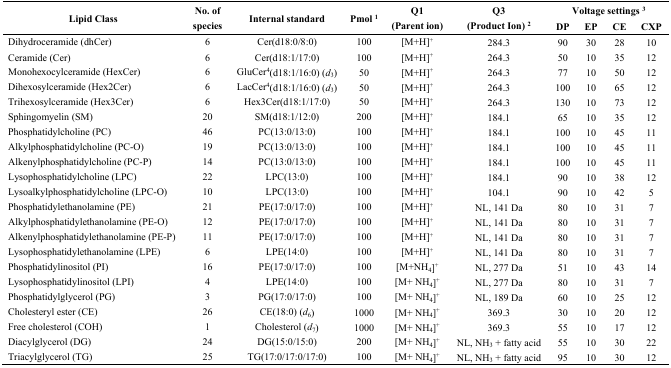
<table><thead><tr><td rowspan="2"><b>Lipid Class</b></td><td rowspan="2"><b>No. of species</b></td><td rowspan="2"><b>Internal standard</b></td><td rowspan="2"><b>Pmol <sup>1</sup></b></td><td rowspan="2"><b>Q1 (Parent ion)</b></td><td rowspan="2"><b>Q3 (Product Ion) <sup>2</sup></b></td><td colspan="4"><b>Voltage settings <sup>3</sup></b></td></tr><tr><td><b>DP</b></td><td><b>EP</b></td><td><b>CE</b></td><td><b>CXP</b></td></tr></thead><tbody><tr><td>Dihydroceramide (dhCer)</td><td>6</td><td>Cer(d18:0/8:0)</td><td>100</td><td>[M+H]<sup>+</sup></td><td>284.3</td><td>90</td><td>30</td><td>28</td><td>10</td></tr><tr><td>Ceramide (Cer)</td><td>6</td><td>Cer(d18:1/17:0)</td><td>100</td><td>[M+H]<sup>+</sup></td><td>264.3</td><td>50</td><td>10</td><td>35</td><td>12</td></tr><tr><td>Monohexocylceramide (HexCer)</td><td>6</td><td>GluCer<sup>4</sup>(d18:1/16:0) (<i>d</i><sub>3</sub>)</td><td>50</td><td>[M+H]<sup>+</sup></td><td>264.3</td><td>77</td><td>10</td><td>50</td><td>12</td></tr><tr><td>Dihexosylceramide (Hex2Cer)</td><td>6</td><td>LacCer<sup>4</sup>(d18:1/16:0) (<i>d</i><sub>3</sub>)</td><td>50</td><td>[M+H]<sup>+</sup></td><td>264.3</td><td>100</td><td>10</td><td>65</td><td>12</td></tr><tr><td>Trihexosylceramide (Hex3Cer)</td><td>6</td><td>Hex3Cer(d18:1/17:0)</td><td>50</td><td>[M+H]<sup>+</sup></td><td>264.3</td><td>130</td><td>10</td><td>73</td><td>12</td></tr><tr><td>Sphingomyelin (SM)</td><td>20</td><td>SM(d18:1/12:0)</td><td>200</td><td>[M+H]<sup>+</sup></td><td>184.1</td><td>65</td><td>10</td><td>35</td><td>12</td></tr><tr><td>Phosphatidylcholine (PC)</td><td>46</td><td>PC(13:0/13:0)</td><td>100</td><td>[M+H]<sup>+</sup></td><td>184.1</td><td>100</td><td>10</td><td>45</td><td>11</td></tr><tr><td>Alkylphosphatidylcholine (PC-O)</td><td>19</td><td>PC(13:0/13:0)</td><td>100</td><td>[M+H]<sup>+</sup></td><td>184.1</td><td>100</td><td>10</td><td>45</td><td>11</td></tr><tr><td>Alkenylphosphatidylcholine (PC-P)</td><td>14</td><td>PC(13:0/13:0)</td><td>100</td><td>[M+H]<sup>+</sup></td><td>184.1</td><td>100</td><td>10</td><td>45</td><td>11</td></tr><tr><td>Lysophosphatidylcholine (LPC)</td><td>22</td><td>LPC(13:0)</td><td>100</td><td>[M+H]<sup>+</sup></td><td>184.1</td><td>90</td><td>10</td><td>38</td><td>12</td></tr><tr><td>Lysoalkylphosphatidylcholine (LPC-O)</td><td>10</td><td>LPC(13:0)</td><td>100</td><td>[M+H]<sup>+</sup></td><td>104.1</td><td>90</td><td>10</td><td>42</td><td>5</td></tr><tr><td>Phosphatidylethanolamine (PE)</td><td>21</td><td>PE(17:0/17:0)</td><td>100</td><td>[M+H]<sup>+</sup></td><td>NL, 141 Da</td><td>80</td><td>10</td><td>31</td><td>7</td></tr><tr><td>Alkylphosphatidylethanolamine (PE-O)</td><td>12</td><td>PE(17:0/17:0)</td><td>100</td><td>[M+H]<sup>+</sup></td><td>NL, 141 Da</td><td>80</td><td>10</td><td>31</td><td>7</td></tr><tr><td>Alkenylphosphatidylethanolamine (PE-P)</td><td>11</td><td>PE(17:0/17:0)</td><td>100</td><td>[M+H]<sup>+</sup></td><td>NL, 141 Da</td><td>80</td><td>10</td><td>31</td><td>7</td></tr><tr><td>Lysophosphatidylethanolamine (LPE)</td><td>6</td><td>LPE(14:0)</td><td>100</td><td>[M+H]<sup>+</sup></td><td>NL, 141 Da</td><td>80</td><td>10</td><td>31</td><td>7</td></tr><tr><td>Phosphatidylinositol (PI)</td><td>16</td><td>PE(17:0/17:0)</td><td>100</td><td>[M+NH<sub>4</sub>]<sup>+</sup></td><td>NL, 277 Da</td><td>51</td><td>10</td><td>43</td><td>14</td></tr><tr><td>Lysophosphatidylinositol (LPI)</td><td>4</td><td>LPE(14:0)</td><td>100</td><td>[M+ NH<sub>4</sub>]<sup>+</sup></td><td>NL, 277 Da</td><td>80</td><td>10</td><td>31</td><td>7</td></tr><tr><td>Phosphatidylglycerol (PG)</td><td>3</td><td>PG(17:0/17:0)</td><td>100</td><td>[M+ NH<sub>4</sub>]<sup>+</sup></td><td>NL, 189 Da</td><td>60</td><td>10</td><td>25</td><td>12</td></tr><tr><td>Cholesteryl ester (CE)</td><td>26</td><td>CE(18:0) (<i>d</i><sub>6</sub>)</td><td>1000</td><td>[M+ NH<sub>4</sub>]<sup>+</sup></td><td>369.3</td><td>30</td><td>10</td><td>20</td><td>12</td></tr><tr><td>Free cholesterol (COH)</td><td>1</td><td>Cholesterol (<i>d</i><sub>7</sub>)</td><td>1000</td><td>[M+ NH<sub>4</sub>]<sup>+</sup></td><td>369.3</td><td>55</td><td>10</td><td>17</td><td>12</td></tr><tr><td>Diacylglycerol (DG)</td><td>24</td><td>DG(15:0/15:0)</td><td>200</td><td>[M+ NH<sub>4</sub>]<sup>+</sup></td><td>NL, NH<sub>3</sub> + fatty acid</td><td>55</td><td>10</td><td>30</td><td>22</td></tr><tr><td>Triacylglycerol (TG)</td><td>25</td><td>TG(17:0/17:0/17:0)</td><td>100</td><td>[M+ NH<sub>4</sub>]<sup>+</sup></td><td>NL, NH<sub>3</sub> + fatty acid</td><td>95</td><td>10</td><td>30</td><td>12</td></tr></tbody></table>